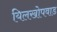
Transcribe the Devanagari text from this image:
यिलखोपवाड